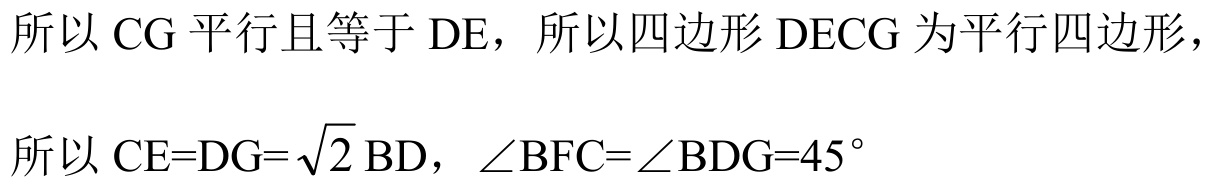
所以 \(CG\) 平行且等于 \(DE\)，所以四边形 \(DECG\) 为平行四边形，
所以 \(CE = DG=\sqrt{2}BD\)，\(\angle BFC=\angle BDG = 45^{\circ}\)